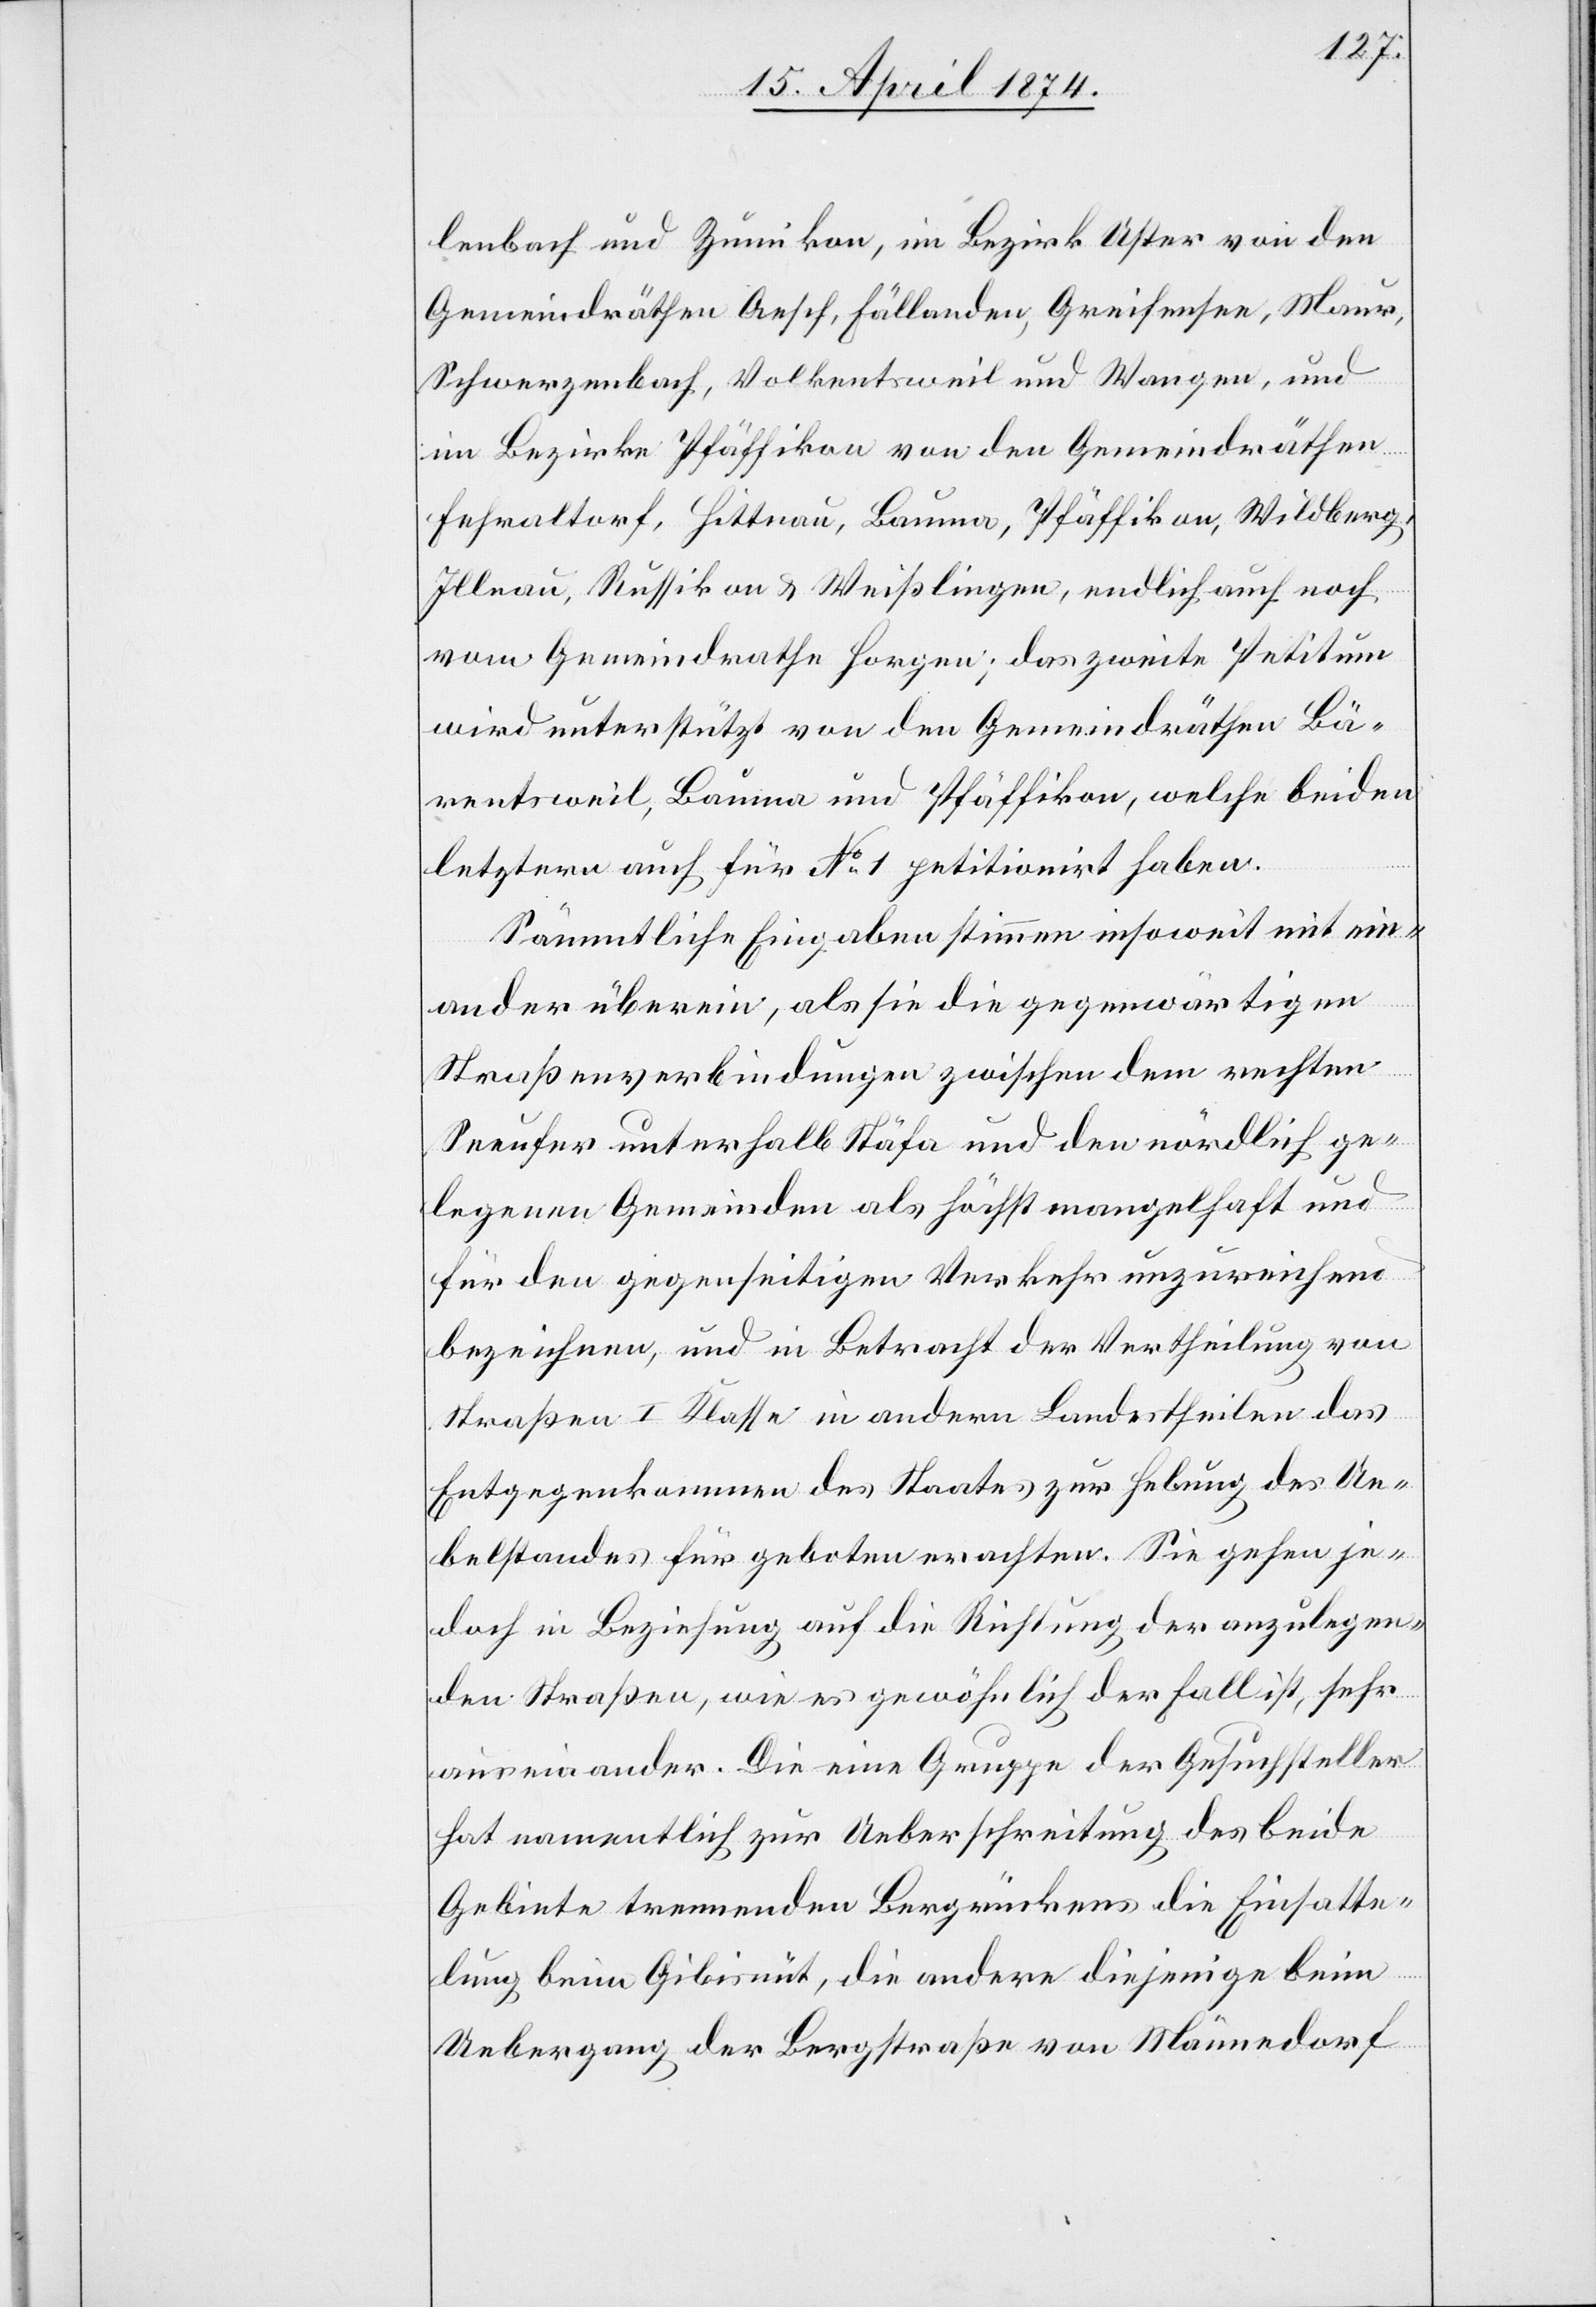
lenbach und Zumikon, im Bezirk Uster von den
Gemeindräthen Aesch, Fällanden, Greifensee, Maur,
Schwerzenbach, Volketsweil und Wangen, und
im Bezirke Pfäffikon von den Gemeindräthen
Fehraltorf, Hittnau, Bauma, Pfäffikon, Wildberg,
Illnau, Russikon u. Weißlingen, endlich auch noch
vom Gemeindrathe Horgen; das zweite Petitum
wird unterstützt von den Gemeindräthen Bä¬
rentsweil, Bauma und Pfäffikon, welche beiden
letztern auch für No 1 petitionirt haben.
Sämmtliche Eingaben stimmen insoweit mit ein¬
ander überein, als sie die gegenwärtigen
Straßenverbindungen zwischen dem rechten
Seeufer unterhalb Stäfa und den nördlich ge¬
legenen Gemeinden als höchst mangelhaft und
für den gegenseitigen Verkehr unzureichend
bezeichnen, und in Betracht der Vertheilung von
Straßen I. Klasse in andern Landestheilen das
Entgegenkommen des Staates zur Hebung des Ue¬
belstandes für geboten erachten. Sie gehen je¬
doch in Beziehung auf die Richtung der anzulegen¬
den Straßen, wie es gewöhnlich der Fall ist, sehr
auseinander. Die eine Gruppe der Gesuchsteller
hat namentlich zur Ueberschreitung des beide
Gebiete trennenden Bergrückens die Einsatte¬
lung beim Gibisnüt, die andere diejenige beim
Uebergang der Bergstraße von Männedorf